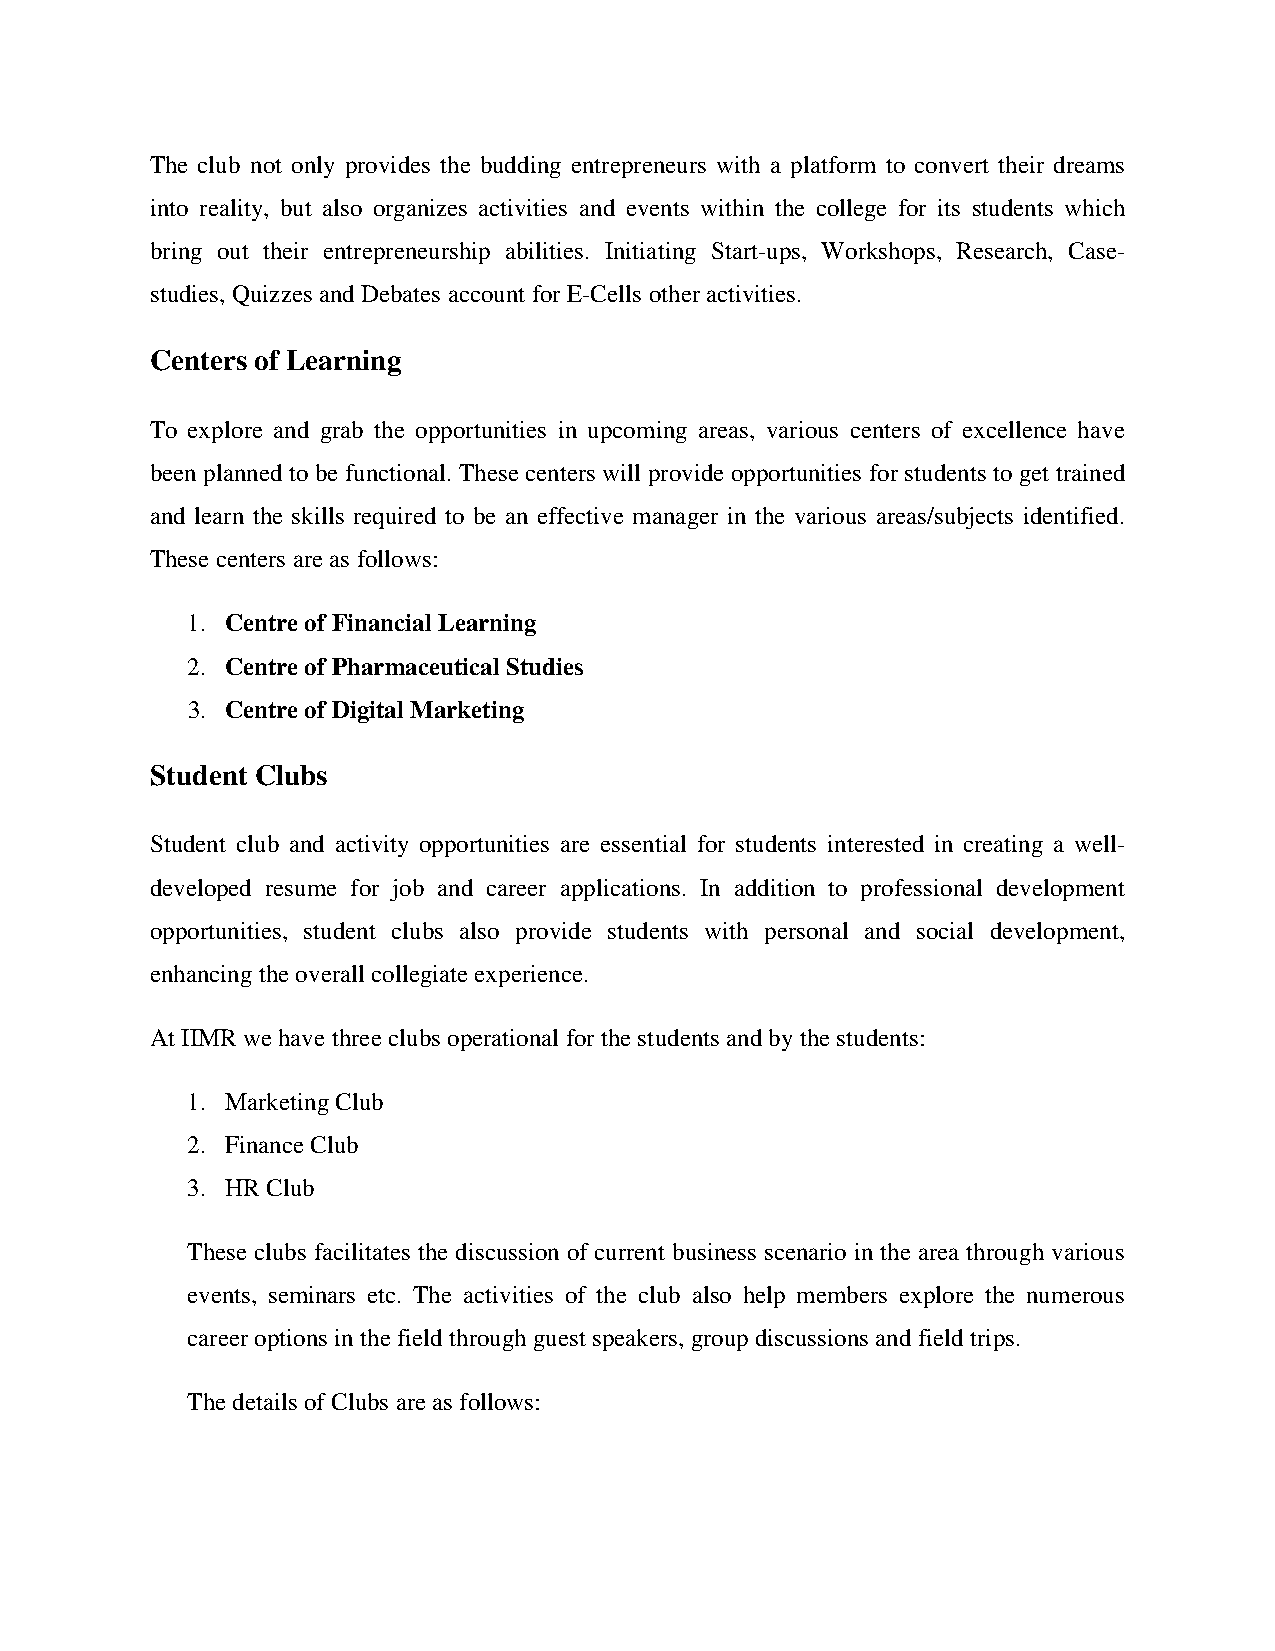
The club not only provides the budding entrepreneurs with a platform to convert their dreams
 into reality, but also organizes activities and events within the college for its students which
 bring out their entrepreneurship abilities. Initiating Start-ups, Workshops, Research, Case-
 studies, Quizzes and Debates account for E-Cells other activities.
 Centers of Learning
 To explore and grab the opportunities in upcoming areas, various centers of excellence have
 been planned to be functional. These centers will provide opportunities for students to get trained
 and learn the skills required to be an effective manager in the various areas/subjects identified.
 These centers are as follows:
 1. Centre of Financial Learning
 2. Centre of Pharmaceutical Studies
 3. Centre of Digital Marketing
 Student Clubs
 Student club and activity opportunities are essential for students interested in creating a well-
 developed resume for job and career applications. In addition to professional development
 opportunities, student clubs also provide students with personal and social development,
 enhancing the overall collegiate experience.
 At IIMR we have three clubs operational for the students and by the students:
 1. Marketing Club
 2. Finance Club
 3. HR Club
 These clubs facilitates the discussion of current business scenario in the area through various
 events, seminars etc. The activities of the club also help members explore the numerous
 career options in the field through guest speakers, group discussions and field trips.
 The details of Clubs are as follows: